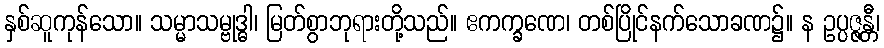
နှစ်ဆူကုန်သော။ သမ္မာသမ္ဗုဒ္ဓါ၊ မြတ်စွာဘုရားတို့သည်။ ဧကက္ခဏေ၊ တစ်ပြိုင်နက်သောခဏ၌။ န ဥပ္ပဇ္ဇန္တီ၊